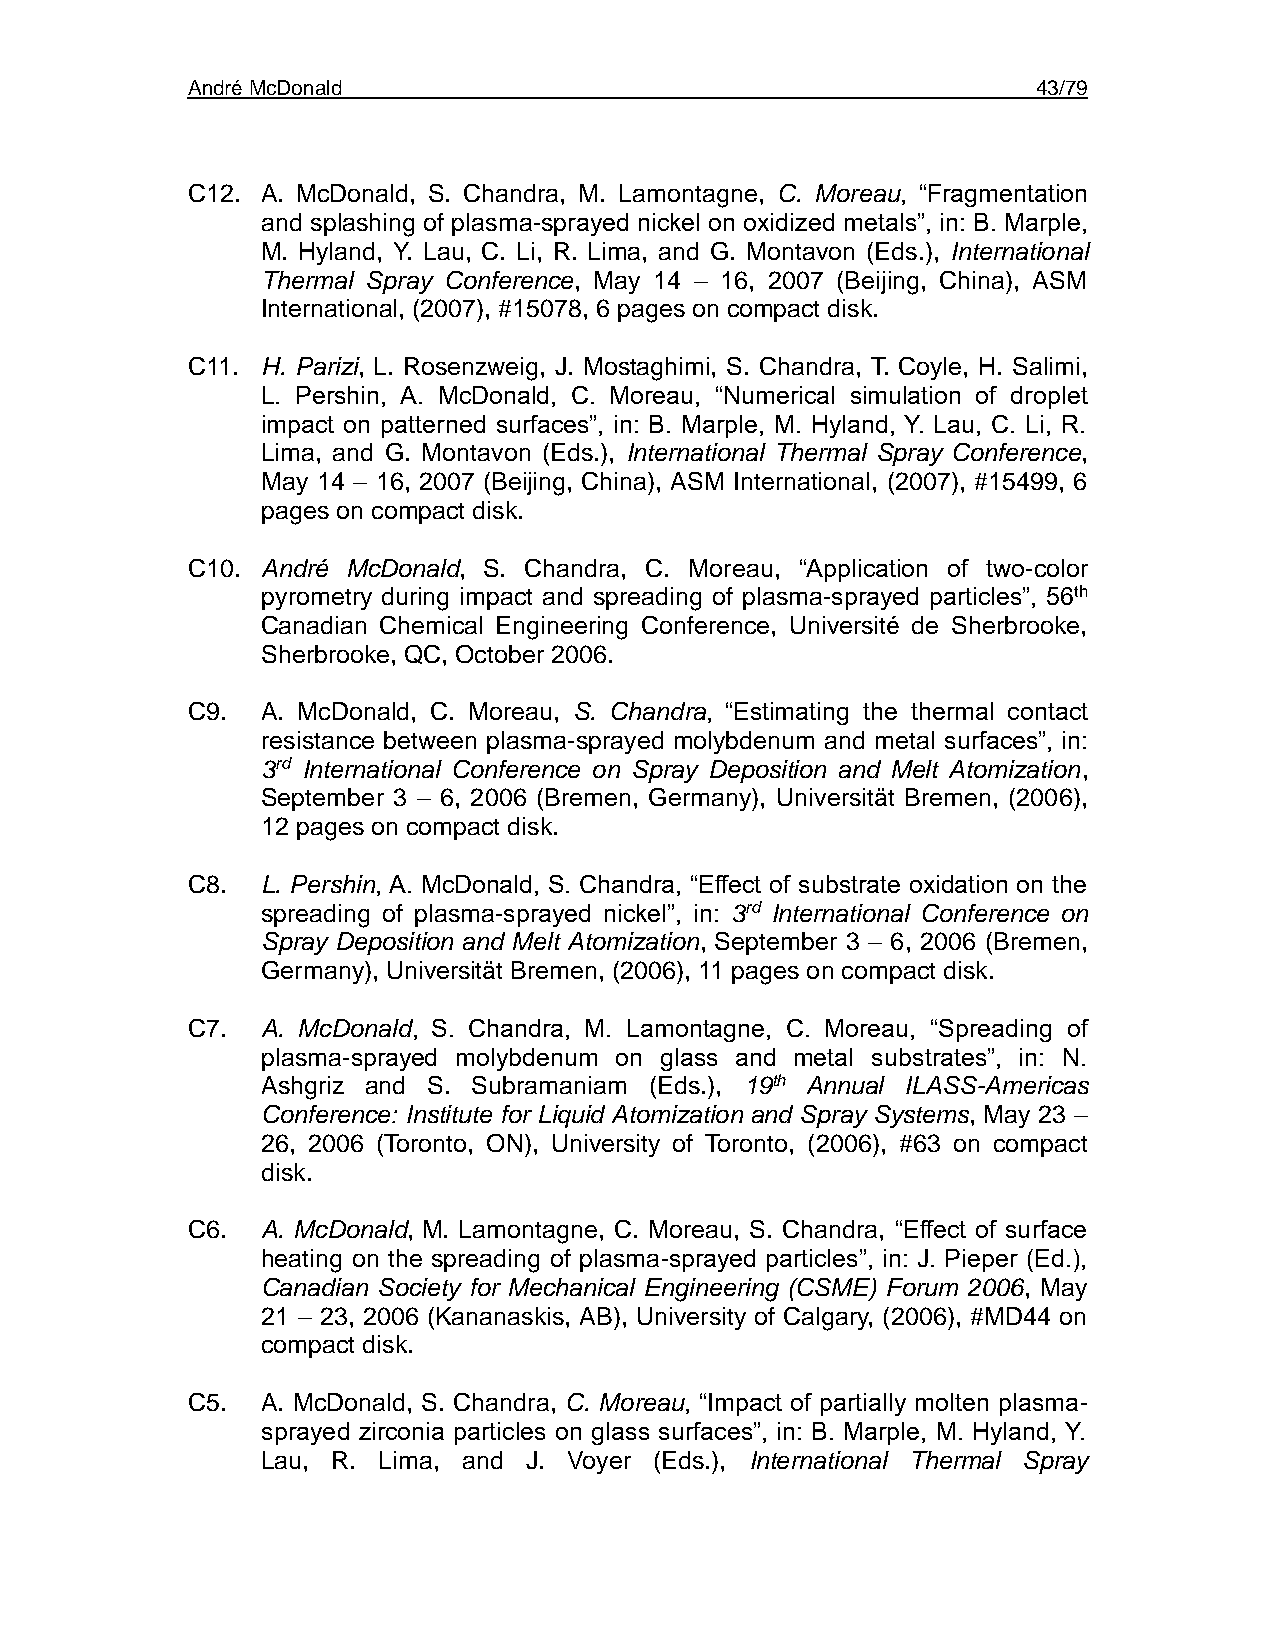
André McDonald                                           43/79
 C12. A. McDonald, S. Chandra, M. Lamontagne, C. Moreau, “Fragmentation
 and splashing of plasma-sprayed nickel on oxidized metals”, in: B. Marple,
 M. Hyland, Y. Lau, C. Li, R. Lima, and G. Montavon (Eds.), International
 Thermal Spray Conference, May 14 – 16, 2007 (Beijing, China), ASM
 International, (2007), #15078, 6 pages on compact disk.
 C11. H. Parizi, L. Rosenzweig, J. Mostaghimi, S. Chandra, T. Coyle, H. Salimi,
 L. Pershin, A. McDonald, C. Moreau, “Numerical simulation of droplet
 impact on patterned surfaces”, in: B. Marple, M. Hyland, Y. Lau, C. Li, R.
 Lima, and G. Montavon (Eds.), International Thermal Spray Conference,
 May 14 – 16, 2007 (Beijing, China), ASM International, (2007), #15499, 6
 pages on compact disk.
 C10. André McDonald, S. Chandra, C. Moreau, “Application of two-color
 pyrometry during impact and spreading of plasma-sprayed particles”, 56th
 Canadian Chemical Engineering Conference, Université de Sherbrooke,
 Sherbrooke, QC, October 2006.
 C9.  A. McDonald, C. Moreau, S. Chandra, “Estimating the thermal contact
 resistance between plasma-sprayed molybdenum and metal surfaces”, in:
 3rd International Conference on Spray Deposition and Melt Atomization,
 September 3 – 6, 2006 (Bremen, Germany), Universität Bremen, (2006),
 12 pages on compact disk.
 C8.  L. Pershin, A. McDonald, S. Chandra, “Effect of substrate oxidation on the
 spreading of plasma-sprayed nickel”, in: 3rd International Conference on
 Spray Deposition and Melt Atomization, September 3 – 6, 2006 (Bremen,
 Germany), Universität Bremen, (2006), 11 pages on compact disk.
 C7.  A. McDonald, S. Chandra, M. Lamontagne, C. Moreau, “Spreading of
 plasma-sprayed molybdenum on glass and metal substrates”, in: N.
 Ashgriz and S. Subramaniam (Eds.), 19th Annual ILASS-Americas
 Conference: Institute for Liquid Atomization and Spray Systems, May 23 –
 26, 2006 (Toronto, ON), University of Toronto, (2006), #63 on compact
 disk.
 C6.  A. McDonald, M. Lamontagne, C. Moreau, S. Chandra, “Effect of surface
 heating on the spreading of plasma-sprayed particles”, in: J. Pieper (Ed.),
 Canadian Society for Mechanical Engineering (CSME) Forum 2006, May
 21 – 23, 2006 (Kananaskis, AB), University of Calgary, (2006), #MD44 on
 compact disk.
 C5.  A. McDonald, S. Chandra, C. Moreau, “Impact of partially molten plasma-
 sprayed zirconia particles on glass surfaces”, in: B. Marple, M. Hyland, Y.
 Lau, R. Lima, and J. Voyer (Eds.), International Thermal Spray